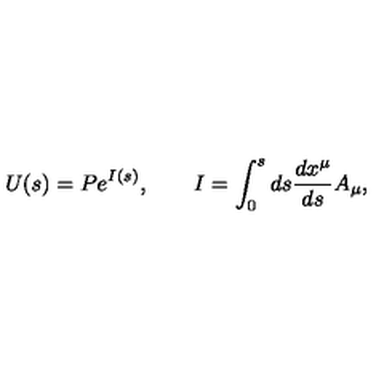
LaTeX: U ( s ) = P e ^ { I ( s ) } , \qquad I = \int _ { 0 } ^ { s } d s \frac { d x ^ { \mu } } { d s } A _ { \mu } ,